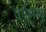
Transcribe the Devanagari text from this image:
एएॅमयू